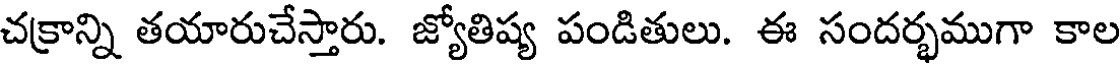
చక్రాన్ని తయారుచేస్తారు. జ్యోతిష్య పండితులు. ఈ సందర్భముగా కాల